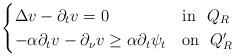
LaTeX: \begin{align*}\begin{cases} \Delta v-\partial_tv=0 &{\rm{in}} \ \ Q_R \cr-\alpha\partial_tv-\partial_\nu v\geq \alpha\partial_t\psi_t &{\rm{on}} \ \ Q_R' \cr\end{cases}\end{align*}